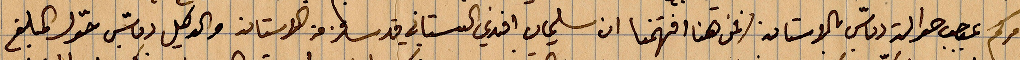
امركم ... حوالة دبّاس بالاستانة؟ نحن هنا افهمتنا ان سليمان افندري البستاني قد سافر الى الاستانة والوكيل دبّاس حول المبلغ